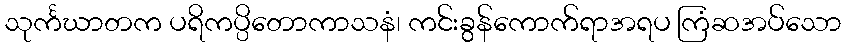
သုင်္ကဃာတက ပရိကပ္ပိတောကာသနံ၊ ကင်းခွန်ကောက်ရာအရပ ကြံဆအပ်သော